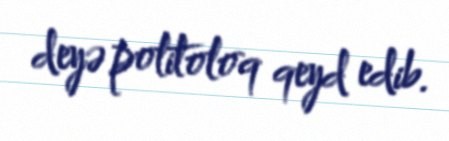
deyə politoloq qeyd edib.